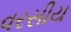
વરસીય